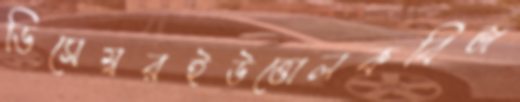
ডিসেম্বরইউত্তোলকবিজ